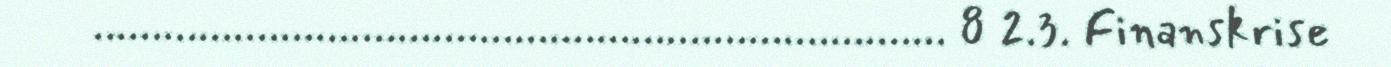
......................................................................... 8 2.3. Finanskrise